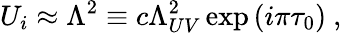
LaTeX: U_{i}\approx\Lambda^{2}\equiv c\Lambda_{UV}^{2}\exp{(i\pi\tau_{0})}\ ,